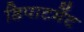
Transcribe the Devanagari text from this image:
डिपाटमेंट